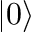
| 0 \rangle